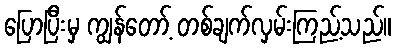
ပြောပြီးမှ ကျွန်တော့် တစ်ချက်လှမ်းကြည့်သည်။